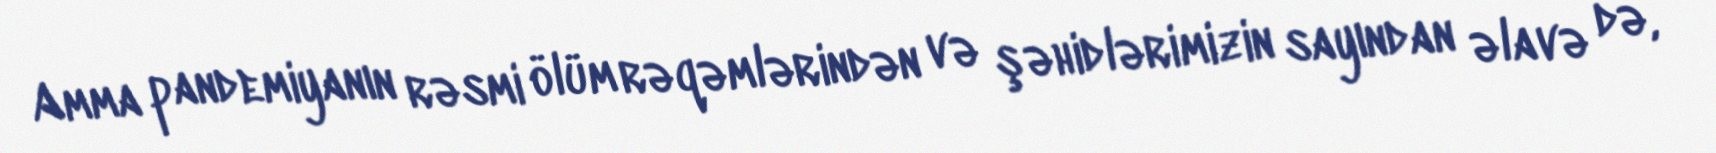
Amma pandemiyanın rəsmi ölüm rəqəmlərindən və şəhidlərimizin sayından əlavə də,